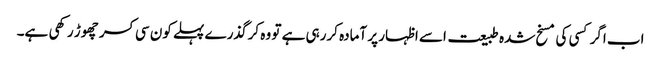
اب اگر کسی کی مسخ شدہ طبیعت اسے اظہار پر آمادہ کررہی ہے تو وہ کرگذرے پہلے کون سی کسر چھوڑ رکھی ہے۔